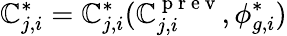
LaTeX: \mathbb{C}_{j,i}^{*}=\mathbb{C}_{j,i}^{*}(\mathbb{C}_{j,i}^{\mathrm{{~p~r~e~v~}}},\phi_{g,i}^{*})